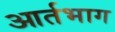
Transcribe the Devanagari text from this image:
आर्तभाग